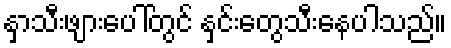
နှာသီးဖျားပေါ်တွင် နှင်းတွေသီးနေပါသည်။